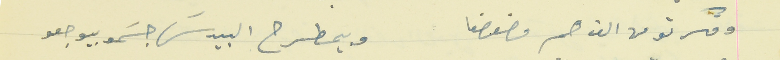
وفكرتو من الف هم مضعضعا                                  وبيمطرح البيدسَ جسَمو بيوجعو